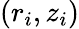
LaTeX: (r_{i},z_{i})